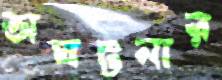
অঘটনার